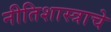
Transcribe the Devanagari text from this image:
नीतिशास्त्राचे